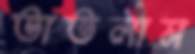
তাতলাম